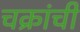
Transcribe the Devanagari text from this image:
चक्रांची